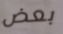
بعض